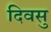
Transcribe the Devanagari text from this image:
दिवसु